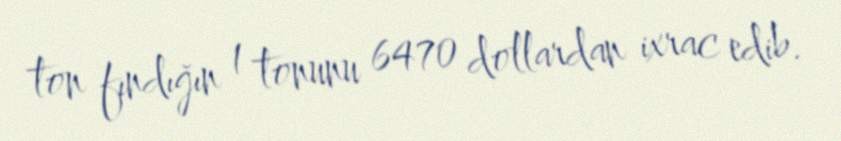
ton fındığın 1 tonunu 6470 dollardan ixrac edib.